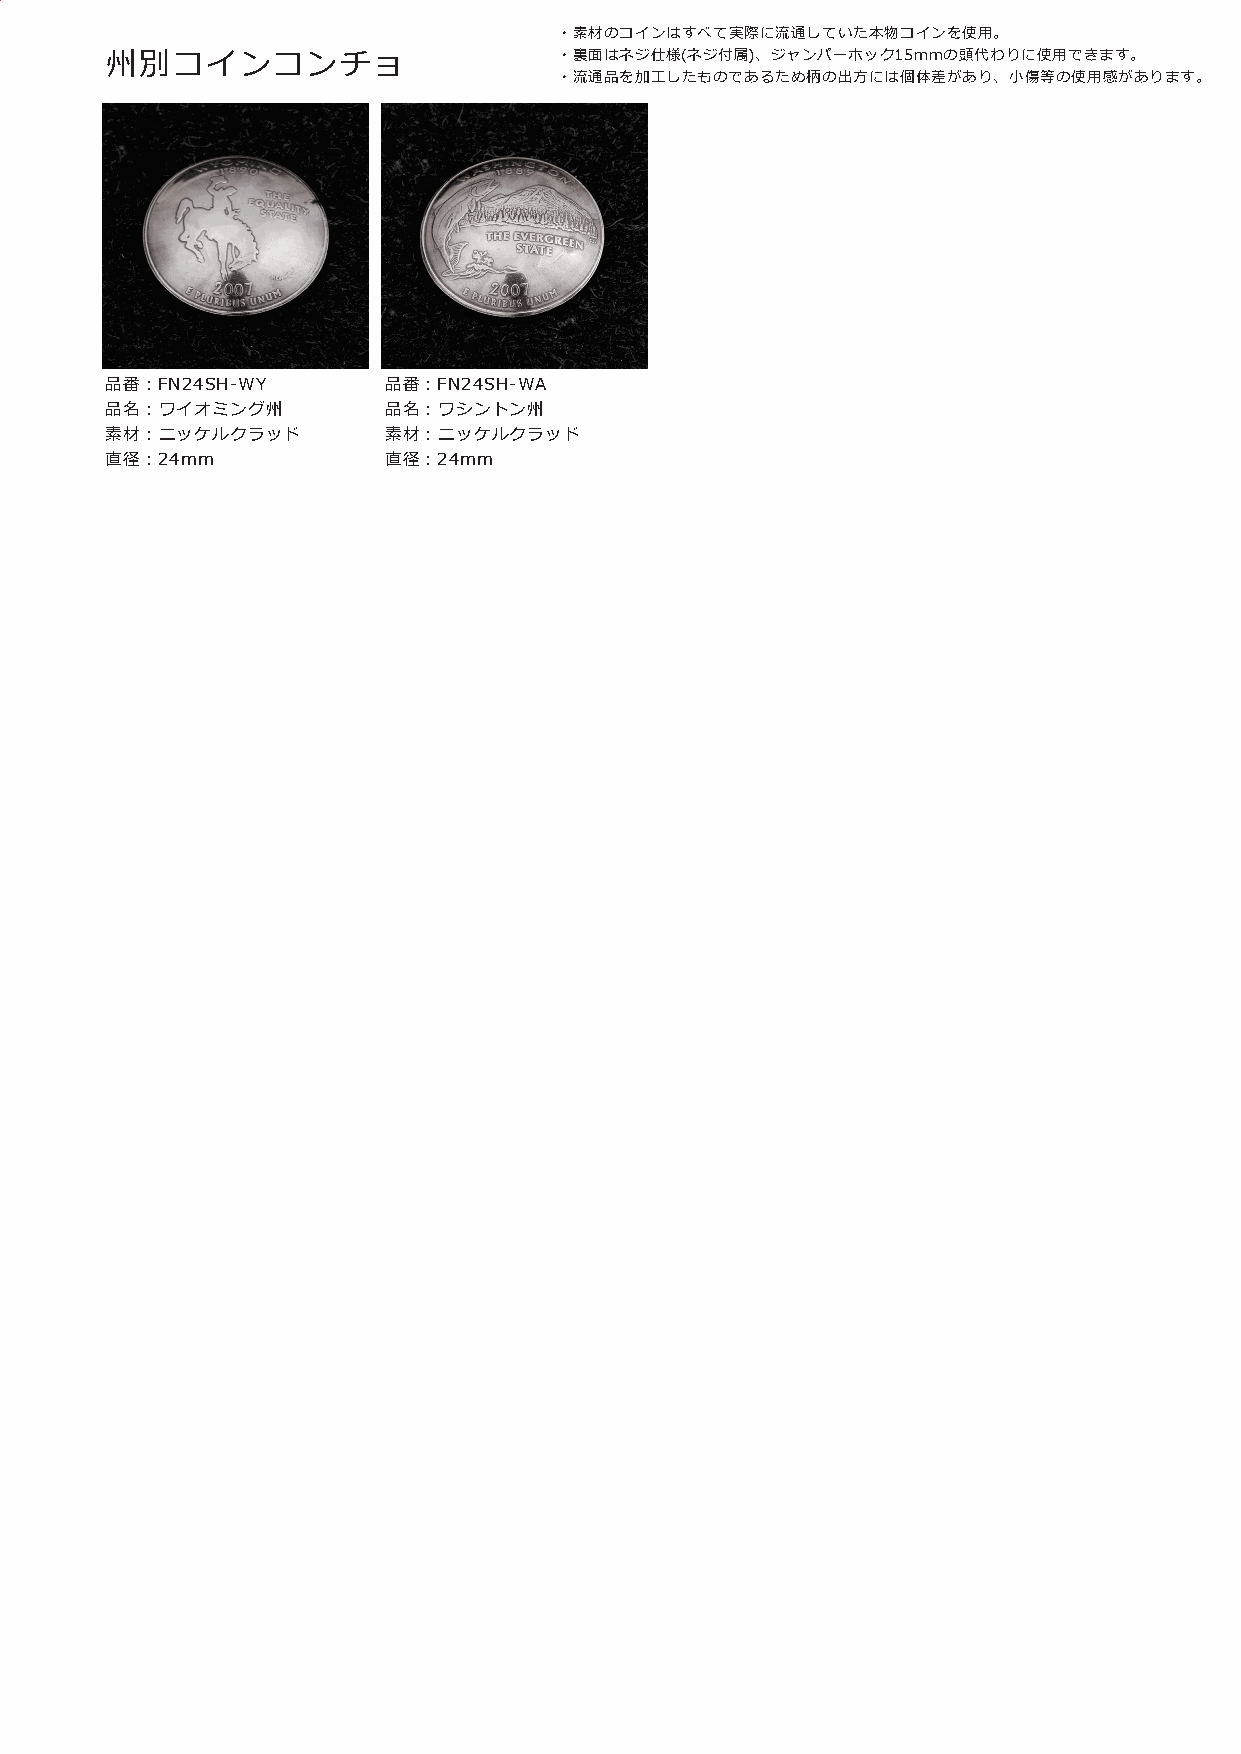
・素材のコインはすべて実際に流通していた本物コインを使用。
 州別コインコンチョ                     ・裏面はネジ仕様(ネジ付属)、ジャンパーホック15mmの頭代わりに使用できます。
 ・流通品を加工したものであるため柄の出方には個体差があり、小傷等の使用感があります。
 品番：FN24SH-WY      品番：FN24SH-WA
 品名：ワイオミング州        品名：ワシントン州
 素材：ニッケルクラッド       素材：ニッケルクラッド
 直径：24mm           直径：24mm